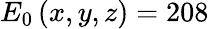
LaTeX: E_{0}\left(x,y,z\right)=208